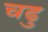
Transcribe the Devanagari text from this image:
चढु